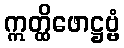
ဣတ္ထိဖောဋ္ဌဗ္ဗံ